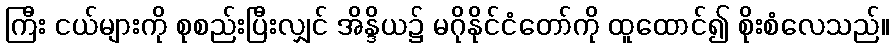
ကြီး ငယ်များကို စုစည်းပြီးလျှင် အိန္ဒိယ၌ မဂိုနိုင်ငံတော်ကို ထူထောင်၍ စိုးစံလေသည်။